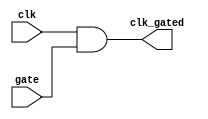
module clock_gating_cell (
    input wire clk,      // Primary clock signal
    input wire gate,     // Gating signal
    output wire clk_gated // Gated clock output
);
    // Clock gating logic
    assign clk_gated = clk & gate; // AND operation to gate the clock
endmodule